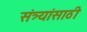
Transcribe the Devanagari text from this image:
संत्र्यांसाठी